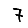
Digit: 7